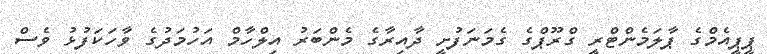
ޕީޕީއެމްގެ ޕާލަމެންޓްރީ ގްރޫޕްގެ ގެމަނަފުށީ ދާއިރާގެ މެންބަރު އިލްހާމް އަހުމަދުގެ ވާހަކަފުޅު ވެސް